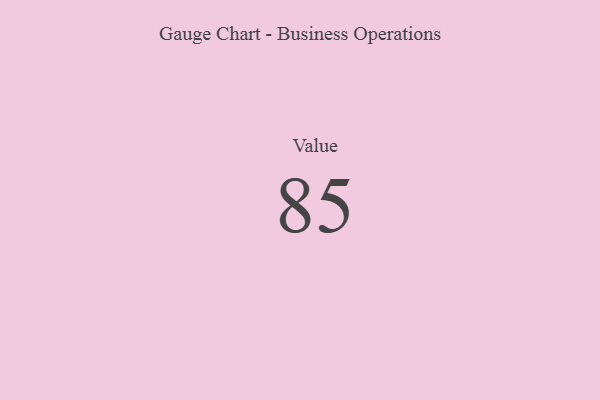
{"axis": {"x": "Metric", "y": "Value"}, "legend": [""], "data": [{"x": "Value", "y": 85, "type": ""}]}